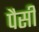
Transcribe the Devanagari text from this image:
पैसी